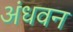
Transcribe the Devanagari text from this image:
अंधवन